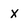
Character: x